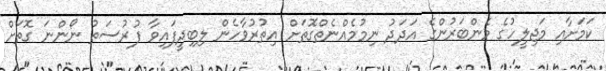
ކަމަށާއި މަޖިލީހުގެ މެންބަރުންގެ އަދަދު ނިމުމެއްނެތްގޮތަށް އިތުރުވާހެން ލިބިދީފައިވާ ފުރުސަތު ނޯންނަ ގޮތަށް